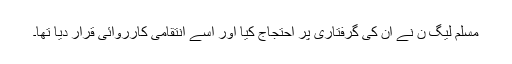
مسلم لیگ ن نے ان کی گرفتاری پر احتجاج کیا اور اسے انتقامی کارروائی قرار دیا تھا۔